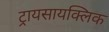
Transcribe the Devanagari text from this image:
ट्रायसायक्लिक